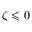
\zeta \leqslant 0